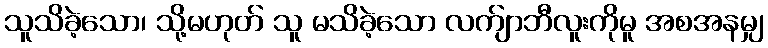
သူသိခဲ့သော၊ သို့မဟုတ် သူ မသိခဲ့သော လက်ျာဘီလူးကိုမူ အစအနမျှ